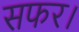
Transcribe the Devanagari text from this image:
सफर।